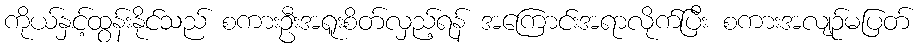
ကိုယ်နှင့်ထွန်းနိုင်သည် စကားဦးအရူးစိတ်လှည့်ရန် အကြောင်းအရာလိုက်ပြီး စကားအလျဉ်မပြတ်